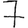
Digit: 7